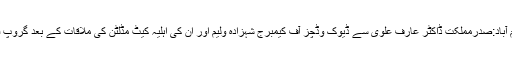
اسلام آباد:صدرمملکت ڈاکٹر عارف علوی سے ڈیوک وڈچز آف کیمبرج شہزادہ ولیم اور ان کی اہلیہ کیٹ مڈلٹن کی ملاقات کے بعد گروپ فوٹو۔